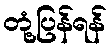
တုံ့ပြန်ရန်